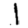
Digit: 1